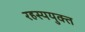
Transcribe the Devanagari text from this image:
रहस्ययुक्त